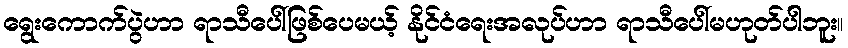
ရွေးကောက်ပွဲဟာ ရာသီပေါ်ဖြစ်ပေမယ့် နိုင်ငံရေးအလုပ်ဟာ ရာသီပေါ်မဟုတ်ပါဘူး။